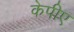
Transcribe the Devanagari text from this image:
केपीए